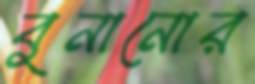
বুনানোর